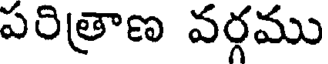
పరిత్రాణ వర్గము